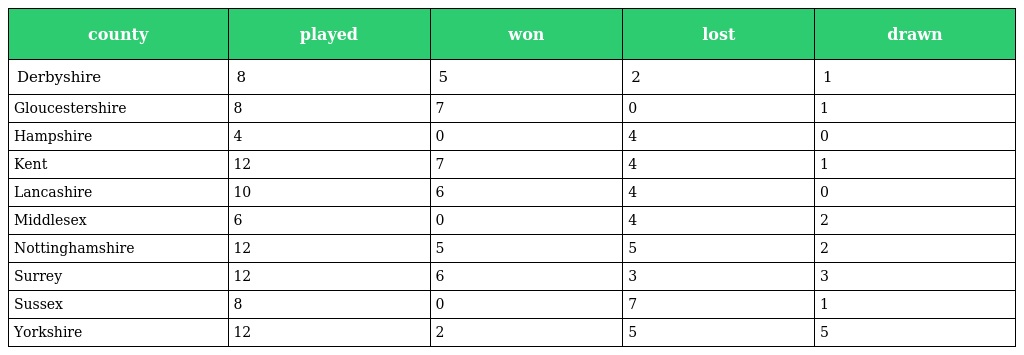
| county | played | won | lost | drawn |
 | --- | --- | --- | --- | --- |
 | Derbyshire | 8 | 5 | 2 | 1 |
 | Gloucestershire | 8 | 7 | 0 | 1 |
 | Hampshire | 4 | 0 | 4 | 0 |
 | Kent | 12 | 7 | 4 | 1 |
 | Lancashire | 10 | 6 | 4 | 0 |
 | Middlesex | 6 | 0 | 4 | 2 |
 | Nottinghamshire | 12 | 5 | 5 | 2 |
 | Surrey | 12 | 6 | 3 | 3 |
 | Sussex | 8 | 0 | 7 | 1 |
 | Yorkshire | 12 | 2 | 5 | 5 |